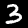
Label: 3